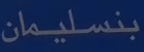
بنسليمان